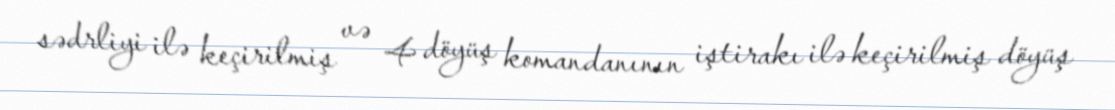
sədrliyi ilə keçirilmiş və 4 döyüş komandanının iştirakı ilə keçirilmiş döyüş